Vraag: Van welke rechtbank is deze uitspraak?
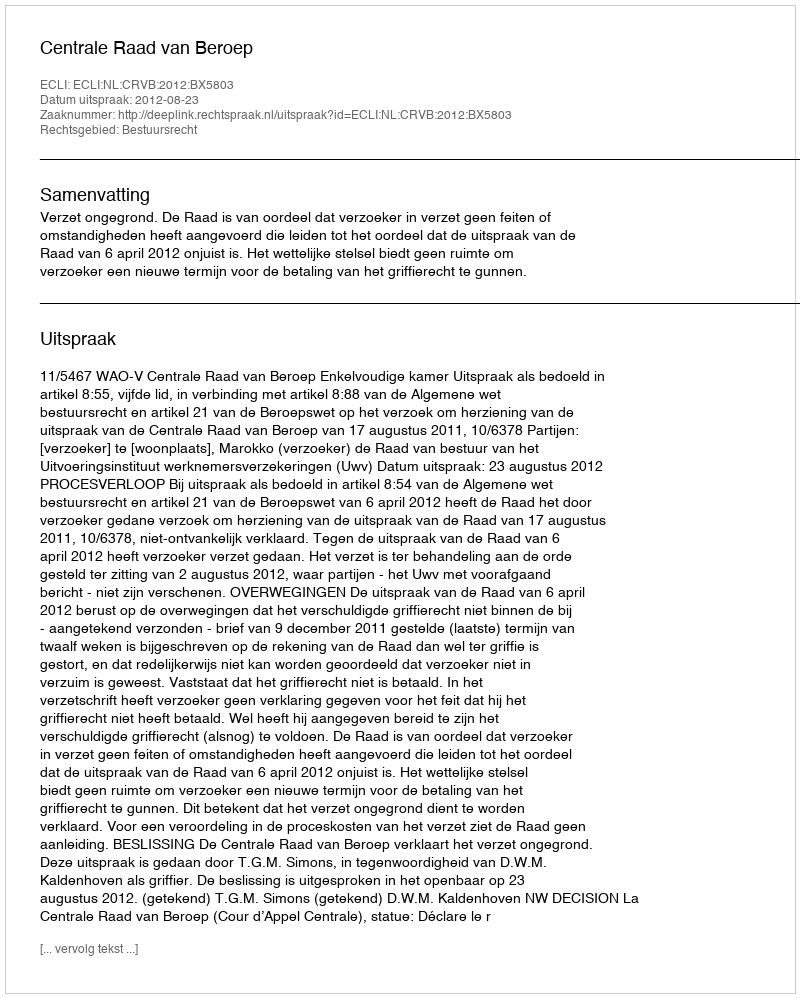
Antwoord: Centrale Raad van Beroep